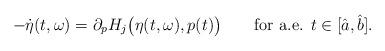
LaTeX: \begin{align*} -\dot \eta (t, \omega) = \partial_p H_j\big(\eta(t,\omega), p(t)\big) \qquad\hbox{for a.e. $t\in [{\hat a},{\hat b}]$.}\end{align*}